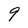
Character: 9